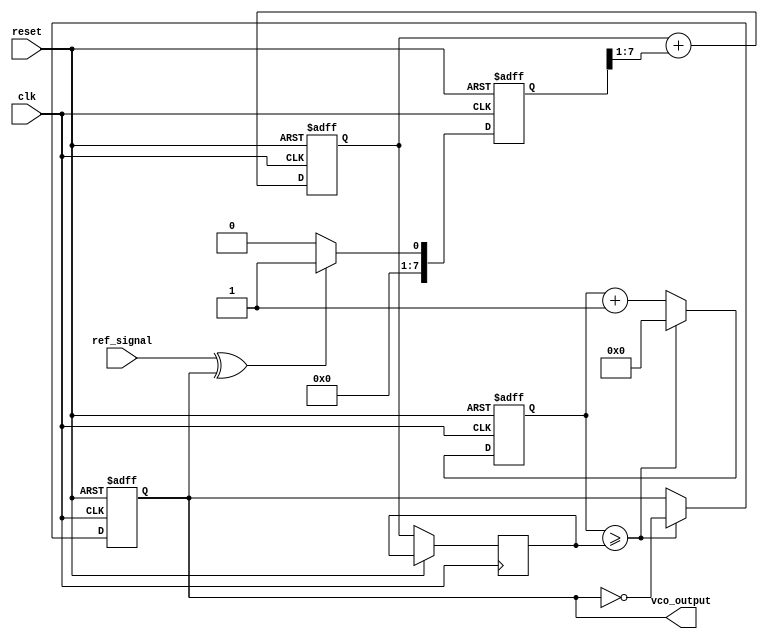
module dpll (
    input wire clk,                // System clock
    input wire reset,              // Reset signal
    input wire ref_signal,         // Reference input signal
    output reg vco_output          // Output signal from VCO
);

// Parameters
parameter MEMORY_SIZE = 16;      // Size of memory blocks
parameter PHASE_ERROR_WIDTH = 8; // Width of phase error signal
parameter CONTROL_WIDTH = 8;     // Width of control voltage

// Memory blocks for storing phase error and control signals
reg [PHASE_ERROR_WIDTH-1:0] phase_error_memory [0:MEMORY_SIZE-1];
reg [CONTROL_WIDTH-1:0] control_memory [0:MEMORY_SIZE-1];

// Phase Detector
reg [PHASE_ERROR_WIDTH-1:0] phase_error;
reg [3:0] memory_index; // Index for memory storage

// Loop Filter
reg [CONTROL_WIDTH-1:0] control_voltage;

// Voltage-Controlled Oscillator (VCO)
reg [7:0] vco_frequency; // VCO frequency control
reg [7:0] vco_counter;   // VCO counter for output generation

// Frequency Divider
reg [7:0] divider_counter;
reg divided_signal;

// Initialization
initial begin
    vco_output = 0;
    vco_frequency = 8'd128; // Initial frequency
    memory_index = 0;
end

// Phase Detector Logic
always @(posedge clk or posedge reset) begin
    if (reset) begin
        phase_error <= 0;
    end else begin
        // Simple phase comparison (for demonstration)
        phase_error <= (ref_signal ^ vco_output) ? 1 : 0; // Example phase error calculation
        phase_error_memory[memory_index] <= phase_error; // Store phase error in memory
        memory_index <= (memory_index + 1) % MEMORY_SIZE; // Circular memory index
    end
end

// Loop Filter Logic
always @(posedge clk or posedge reset) begin
    if (reset) begin
        control_voltage <= 0;
    end else begin
        // Simple low-pass filter (for demonstration)
        control_voltage <= control_voltage + (phase_error >> 1); // Example filter operation
        control_memory[memory_index] <= control_voltage; // Store control voltage in memory
    end
end

// VCO Logic
always @(posedge clk or posedge reset) begin
    if (reset) begin
        vco_counter <= 0;
        vco_output <= 0;
    end else begin
        // VCO frequency adjustment based on control voltage
        vco_frequency <= control_voltage; // Control VCO frequency
        vco_counter <= vco_counter + 1;
        if (vco_counter >= vco_frequency) begin
            vco_output <= ~vco_output; // Toggle output
            vco_counter <= 0;
        end
    end
end

// Frequency Divider Logic
always @(posedge clk or posedge reset) begin
    if (reset) begin
        divider_counter <= 0;
        divided_signal <= 0;
    end else begin
        divider_counter <= divider_counter + 1;
        if (divider_counter >= 8'd16) begin // Example divide by 16
            divided_signal <= ~divided_signal;
            divider_counter <= 0;
        end
    end
end

endmodule